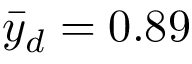
{ \bar { y } } _ { d } = 0 . 8 9